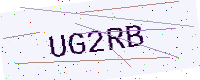
Text: UG2RB